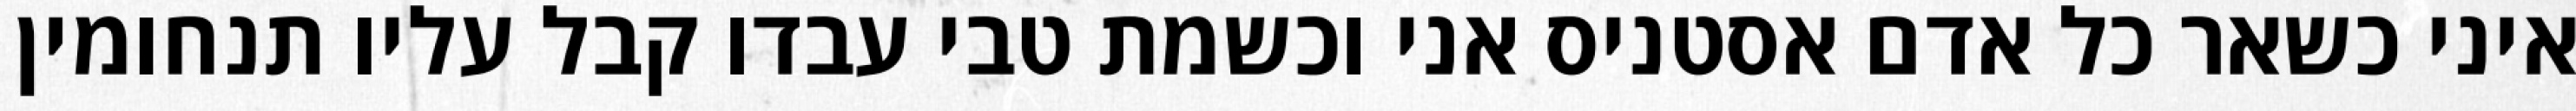
איני כשאר כל אדם אסטניס אני וכשמת טבי עבדו קבל עליו תנחומין